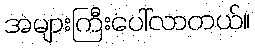
အများကြီးပေါ်လာတယ်။